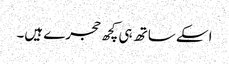
اسکے ساتھ ہی کچھ حجرے ہیں۔